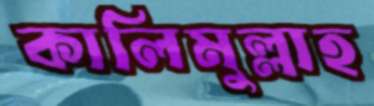
কালিমুল্লাহ